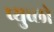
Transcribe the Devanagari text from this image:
प्युब्लो